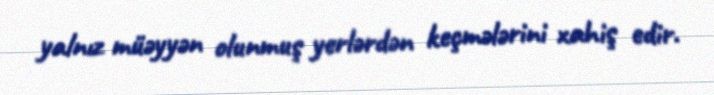
yalnız müəyyən olunmuş yerlərdən keçmələrini xahiş edir.